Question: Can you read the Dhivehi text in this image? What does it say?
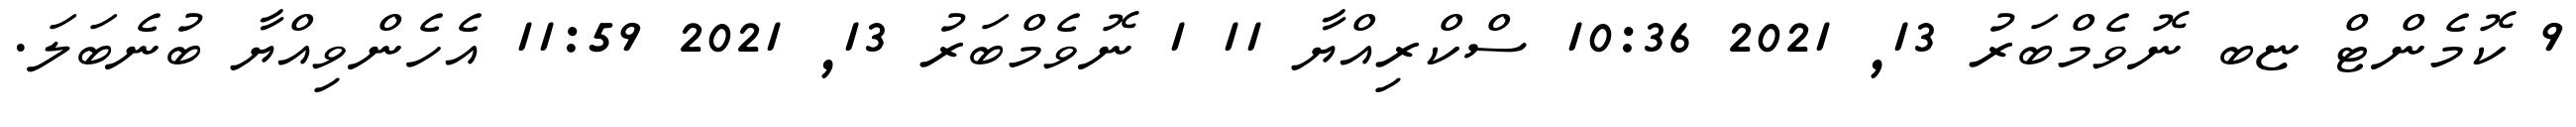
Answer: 9 ކޮމެންޓް ޏބ ނޮވެމްބަރު 13, 2021 10:36 ސްކްރިއްޔާ 11 1 ނޮވެމްބަރު 13, 2021 11:59 އެހެންވިއްޔާ ބުނެބަލަ.